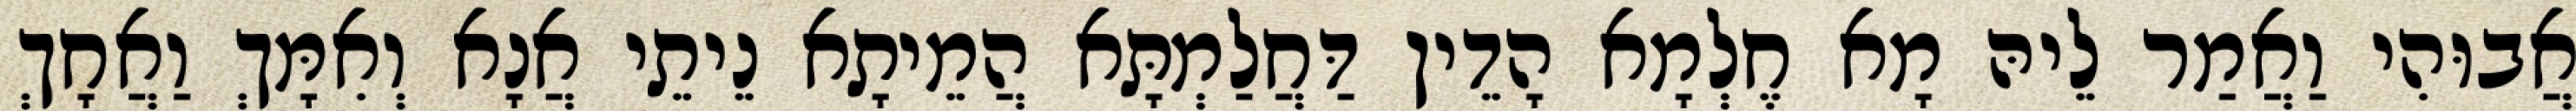
אֲבוּהִי וַאֲמַר לֵיהּ מָא חֶלְמָא הָדֵין דַּחֲלַמְתָּא הֲמֵיתָא נֵיתֵי אֲנָא וְאִמָּךְ וַאֲחָךְ